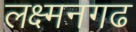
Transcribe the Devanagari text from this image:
लक्ष्मनगढ